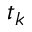
t _ { k }